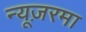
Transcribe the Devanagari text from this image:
न्यूज़रमा